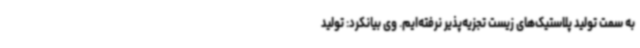
به سمت تولید پلاستیک‌های زیست تجزیه‌پذیر نرفته‌ایم. وی بیانکرد: تولید